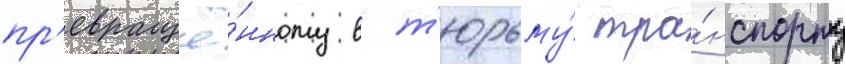
пр'евращё́нному в т'юрьму́ тра́нспорту